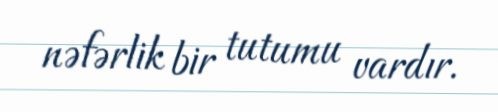
nəfərlik bir tutumu vardır.